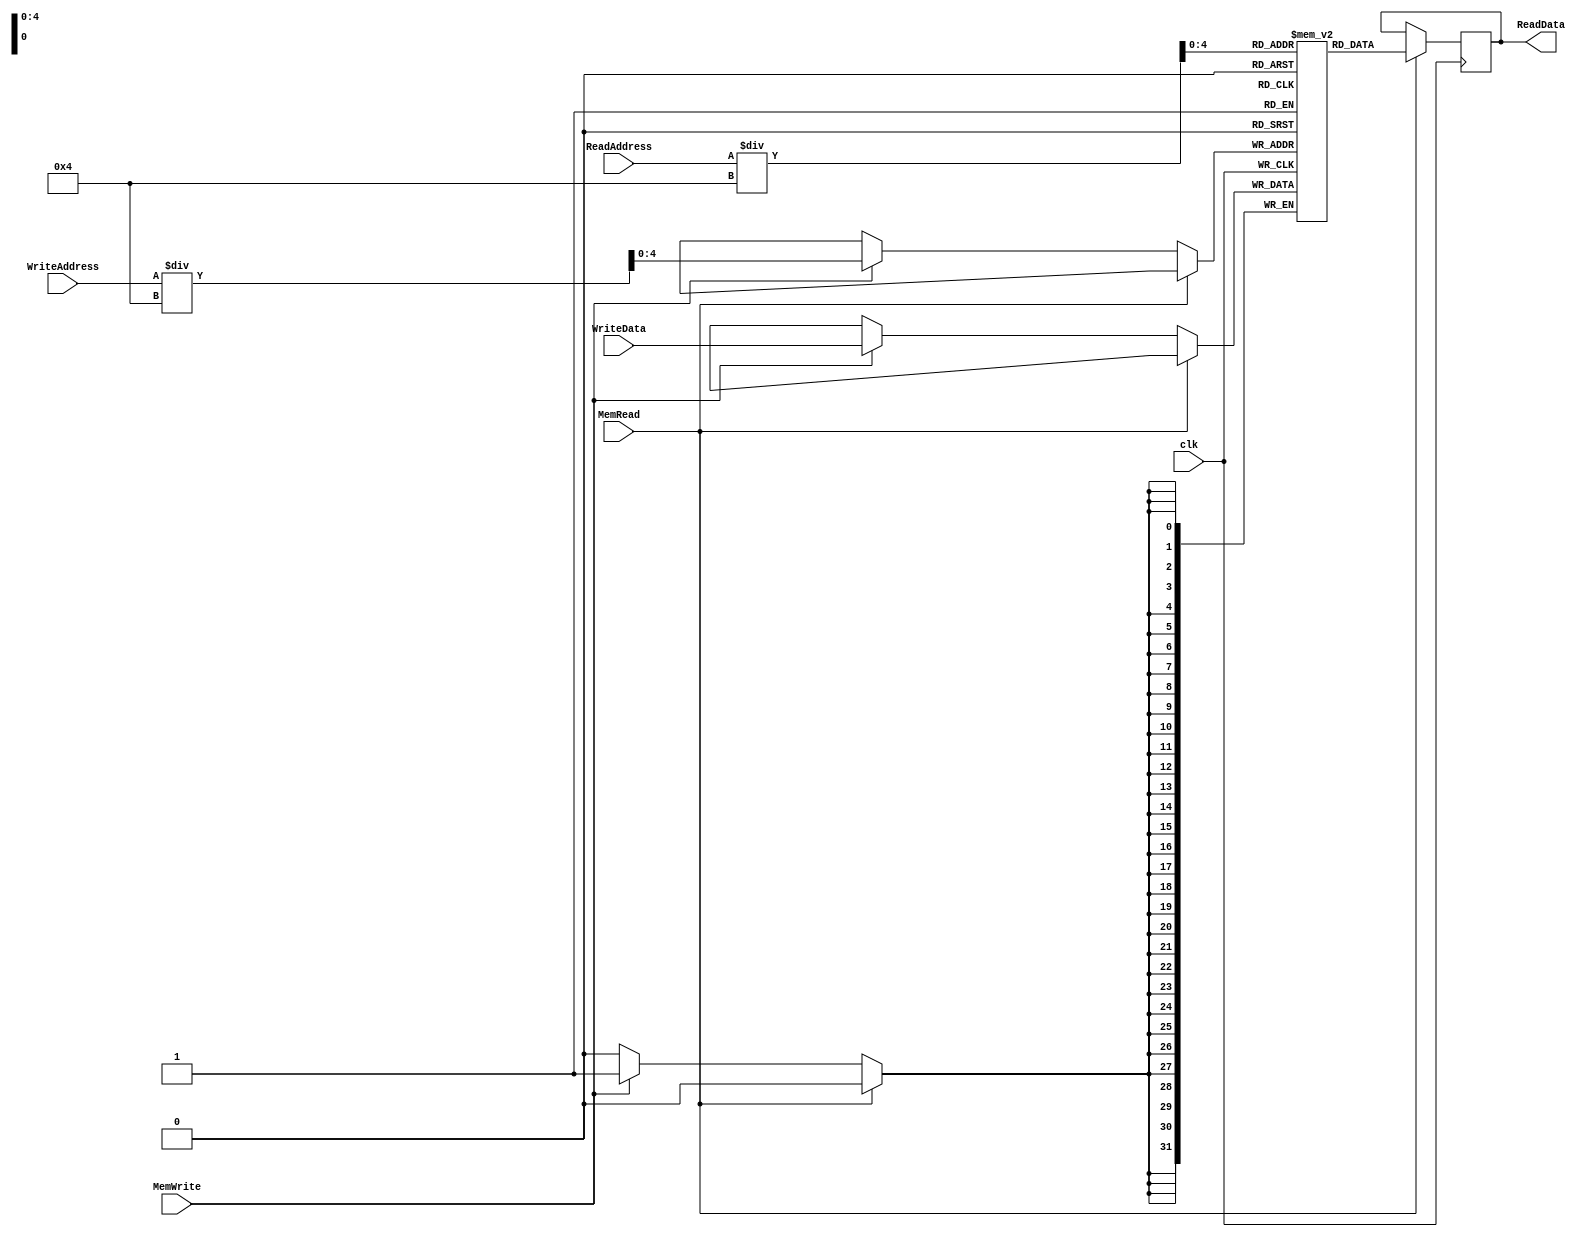
module datamemory(clk, MemRead, ReadAddress, ReadData, MemWrite, WriteAddress, WriteData);

	input clk;
    input MemRead;
    input MemWrite;
	input [31:0]ReadAddress,WriteAddress;
	input [31:0]WriteData;
	output reg [31:0]ReadData;
	reg [31:0] memory [0:31];
	integer raddr, waddr;

	initial begin
	memory[0] = 32'b00000000000000000000000000000000;  // nop
    memory[1] = 32'b00000000000000000000000000000000;  // nop
    memory[2] = 32'b00000000000000000000000000000000;   // nop
    memory[3] = 32'b00000000000000000000000000000000;  // nop
    memory[4] = 32'b00000000000000000000000000000000;  // nop
    memory[5] = 32'b00000000000000000000000000000000;  // nop
    memory[6] = 32'b00000000000000000000000000000000;  // nop
    memory[7] = 32'b00000000000000000000000000000000;  // nop
    memory[8] = 32'b00000000000000000000000000000000;  // nop
    memory[9] = 32'b00000000000000000000000000000000;  // nop
    memory[10]= 32'b00000000000000000000000000000000;  // nop
    memory[11]= 32'b00000000000000000000000000000000;  // nop
    memory[12]= 32'b00000000000000000000000000000000;  // nop
    memory[13]= 32'b00000000000000000000000000000000;  // nop
    memory[14]= 32'b00000000000000000000000000000000;  // nop
    memory[15]= 32'b00000000000000000000000000000000;  // nop
    memory[16]= 32'b00000000000000000000000000000000;  // nop
    memory[17]= 32'b00000000000000000000000000000000;  // nop
    memory[18]= 32'b00000000000000000000000000000000;  // nop
    memory[19]= 32'b00000000000000000000000000000000;  // nop
    memory[20]= 32'b00000000000000000000000000000000;  // nop
    memory[21]= 32'b00000000000000000000000000000000;  // nop
    memory[22]= 32'b00000000000000000000000000000000;  // nop
    memory[23]= 32'b00000000000000000000000000000000;  // nop
    memory[24]= 32'b00000000000000000000000000000000;  // nop
    memory[25]= 32'b00000000000000000000000000000000;  // nop
    memory[26]= 32'b00000000000000000000000000000000;  // nop
    memory[27]= 32'b00000000000000000000000000000000;  // nop
    memory[28]= 32'b00000000000000000000000000000000;  // nop
    memory[29]= 32'b00000000000000000000000000000000;  // nop
    memory[30]= 32'b00000000000000000000000000000000;  // nop
    memory[31]= 32'b00000000000000000000000000000000;  // nop 
    end 

    always @(posedge clk) 
    begin
		raddr = ReadAddress;
		waddr = WriteAddress;
		if(MemRead)
			ReadData=memory[raddr/4];
		else if(MemWrite)
			memory[waddr/4]=WriteData;
	end

endmodule